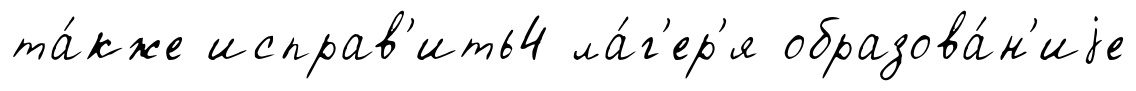
та́кже исправ'ить4 ла́г'ер'я образова́н'иjе